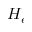
H _ { e }